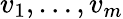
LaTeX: v_{1},\dots,v_{m}